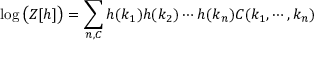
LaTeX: \log { \big ( } Z [ h ] { \big ) } = \sum _ { n , C } h ( k _ { 1 } ) h ( k _ { 2 } ) \cdots h ( k _ { n } ) C ( k _ { 1 } , \cdots , k _ { n } )